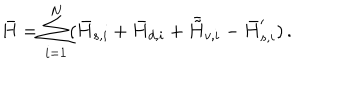
LaTeX: \bar { H } = \sum _ { i = 1 } ^ { N } ( \bar { H } _ { s , i } + \bar { H } _ { d , i } + \bar { \tilde { H } } _ { v , i } - \bar { H } _ { s , i } ^ { \prime } ) \, .